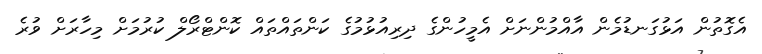
އެގޮތުން އަޅުގަނޑުމެން އާއްމުންނަށް އެމީހުންގެ ދިރިއުޅުމުގެ ކަންތައްތައް ކޮންޓްރޯލް ކުރުމަށް މިހާރަށް ވުރެ